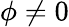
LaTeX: \phi\neq 0